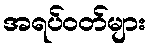
အရပ်ဝတ်များ